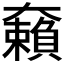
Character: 𡚚